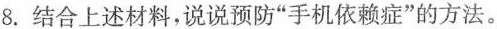
8.结合上述材料，说说预防”手机依赖症”的方法。